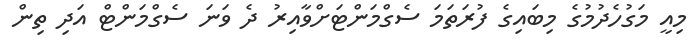
މިއީ މަގުހެދުމުގެ މިބައިގެ ފުރަތަމަ ސެގްމަންޓަށްވާއިރު ދެ ވަނަ ސެގްމަންޓް އަދި ތިން